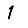
Digit: 1